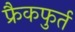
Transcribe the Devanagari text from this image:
फ्रैकफुर्त